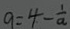
9 = 4 - \frac { 1 } { a }